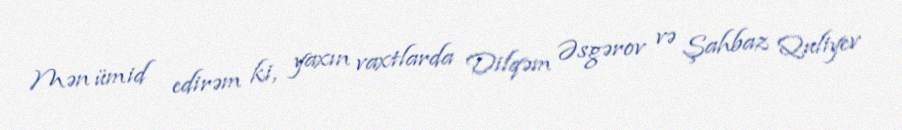
Mən ümid edirəm ki, yaxın vaxtlarda Dilqəm Əsgərov və Şahbaz Quliyev